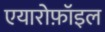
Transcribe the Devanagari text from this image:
एयारोफ़ॉइल